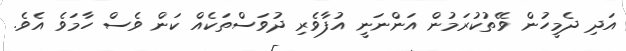
އަދި ދެމީހުން ވޭތުކުރަމުން އަންނަނީ އުފާވެރި ދުވަސްތަކެއް ކަން ވެސް ހާމަވެ އެވެ.